Annual returns of the Patna Lunatic Asylum at Bankipore in Bihar and Orissa - 1912-1924
Year: 1912
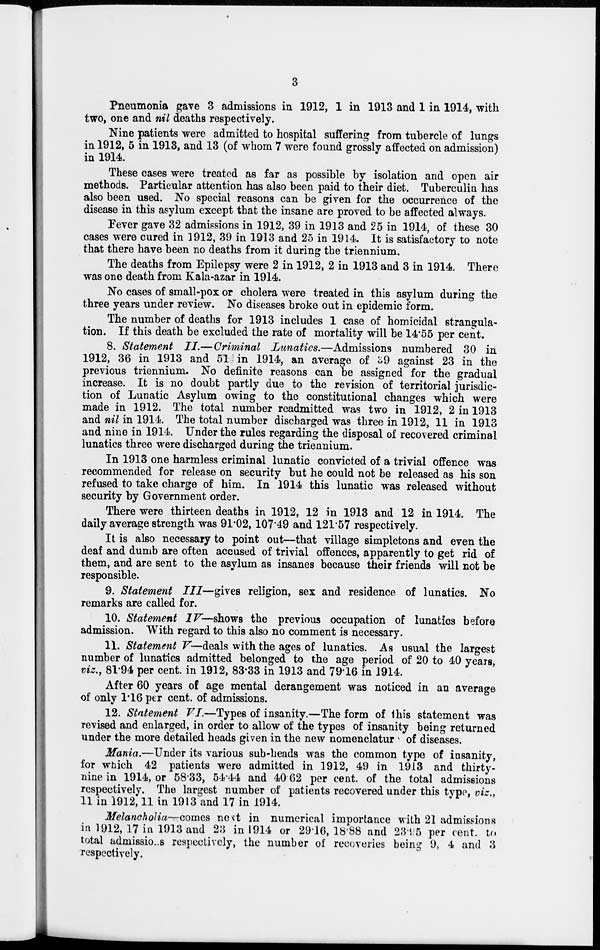
3
Pneumonia gave 3 admissions in 1912, 1 in 1913 and 1 in 1914, with
two, one and nil deaths respectively.
Nine patients were admitted to hospital suffering from tubercle of lungs
in 1912, 5 in 1913, and 13 (of whom 7 were found grossly affected on admission)
in 1914.
These cases were treated as far as possible by isolation and open air
methods. Particular attention has also been paid to their diet. Tuberculin has
also been used. No special reasons can be given for the occurrence of the
disease in this asylum except that the insane are proved to be affected always.
Fever gave 32 admissions in 1912, 39 in 1913 and 25 in 1914, of these 30
cases were cured in 1912, 39 in 1913 and 25 in 1914. It is satisfactory to note
that there have been no deaths from it during the triennium.
The deaths from Epilepsy were 2 in 1912, 2 in 1913 and 3 in 1914. There
was one death from Kala-azar in 1914.
No cases of small-pox or cholera were treated in this asylum during the
three years under review. No diseases broke out in epidemic form.
The number of deaths for 1913 includes 1 case of homicidal strangula-
tion. If this death be excluded the rate of mortality will be 14.55 per cent.
8. Statement II.— Criminal Lunatics.—Admissions
numbered 30 in
1912, 36 in 1913 and 51 in 1914, an average of 39 against 23 in the
previous triennium. No definite reasons can be assigned for the gradual
increase. It is no doubt partly due to the revision of territorial jurisdic-
tion of Lunatic Asylum owing to the constitutional changes which were
made in 1912. The total number readmitted was two in 1912, 2 in 1913
and nil in 1914. The total number discharged was three in 1912, 11 in 1913
and nine in 1914. Under the rules regarding the disposal of recovered criminal
lunatics three were discharged during the triennium.
In 1913 one harmless criminal lunatic convicted of a trivial offence was
recommended for release on security but he could not be released as his son
refused to take charge of him. In 1914 this lunatic was released without
security by Government order.
There were thirteen deaths in 1912, 12 in 1913 and 12 in 1914. The
daily average strength was 91.02, 107.49 and 121.57 respectively.
It is also necessary to point out—that village simpletons and even the
deaf and dumb are often accused of trivial offences, apparently to get rid of
them, and are sent to the asylum as insanes because their friends will not be
responsible.
9. Statement III—gives religion, sex and residence of lunatics. No
remarks are called for.
10. Statement IV— shows the previous occupation of lunatics before
admission. With regard to this also no comment is necessary.
11. Statement V— deals with the ages of lunatics. As usual the largest
number of lunatics admitted belonged to the age period of 20 to 40 years,
viz., 81.94 per cent. in 1912, 83.33 in 1913 and 79.16 in 1914.
After 60 years of age mental derangement was noticed in an average
of only 1.16 per cent. of admissions.
12. Statement VI.—Types of insanity.—The form of this statement was
revised and enlarged, in order to allow of the types of insanity being returned
under the more detailed heads given in the new nomenclatur of diseases.
Mania.—Under its various sub-heads was the common type of insanity,
for which 42 patients were admitted in 1912, 49 in 1913 and thirty-
nine in 1914, or 58.33, 54.44 and 40.62 per cent. of the total admissions
respectively. The largest number of patients recovered under this type, viz.,
11 in 1912, 11 in 1913 and 17 in 1914.
Melancholia—comes next in numerical importance with 21 admissions
in 1912, 17 in 1913 and 23 in 1914 or 29.16, 18.88 and 23.95 per cent. to
total admissions respectively, the number of recoveries being 9, 4 and 3
respectively.